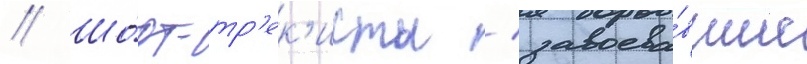
// Шо́рт-тр'ек'исты / завоева́вшие